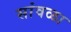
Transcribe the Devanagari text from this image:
सांवळा